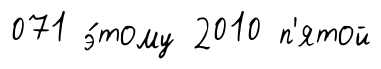
071 э́тому 2010 п'ятой